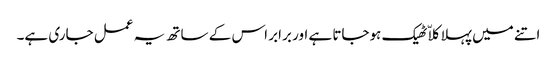
اتنے میں پہلا کلاّ ٹھیک ہوجاتا ہے اور برابر اس کے ساتھ یہ عمل جاری ہے۔